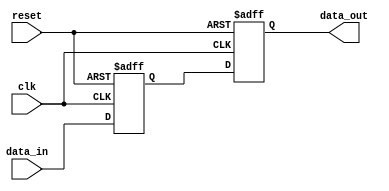
module behavioral_model (
    input wire clk,         // Clock signal
    input wire reset,       // Reset signal
    input wire [3:0] data_in, // Input data
    output reg [3:0] data_out // Output data
);

// Signal declaration
reg [3:0] internal_reg;

// Task definition
task update_internal_reg;
    input [3:0] new_value;
    begin
        // Non-blocking assignment to update internal register
        internal_reg <= new_value;
    end
endtask

// Continuous assignment using non-blocking assignment
always @(posedge clk or posedge reset) begin
    if (reset) begin
        // Reset the output and internal register
        data_out <= 4'b0000;
        internal_reg <= 4'b0000;
    end else begin
        // Call the task to update the internal register
        update_internal_reg(data_in);
        
        // Assign the internal register to the output
        data_out <= internal_reg;
    end
end

endmodule